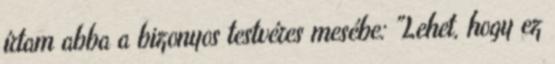
írtam abba a bizonyos testvéres mesébe: "Lehet, hogy ez